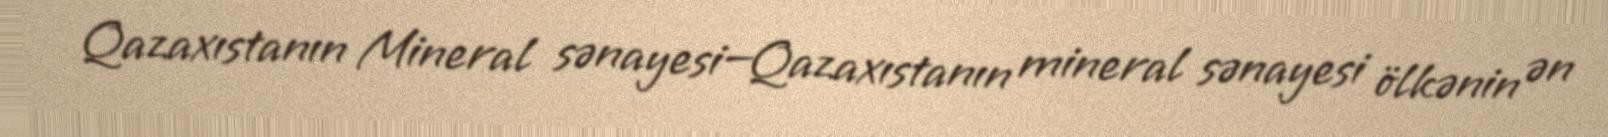
Qazaxıstanın Mineral sənayesi—Qazaxıstanın mineral sənayesi ölkənin ən